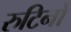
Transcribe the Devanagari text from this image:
रुटिनों